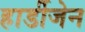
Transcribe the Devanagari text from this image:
हार्डीजेन